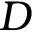
{ D }